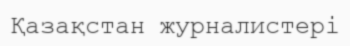
Қазақстан журналистері